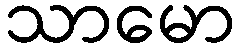
သာမော